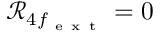
\mathcal { R } _ { 4 f _ { \mathrm { ~ e ~ x ~ t ~ } } } = 0